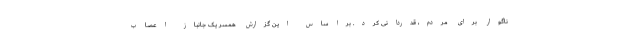
ناگوار برای مردم، قدردانی کرد. براساس این گزارش همسر یک جانباز اعصاب